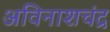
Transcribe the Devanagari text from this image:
अविनाशचंद्र